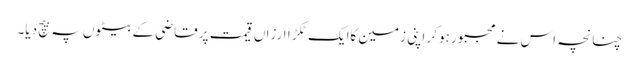
چنانچہ اس نے مجبور ہوکر اپنی زمین کاایک ٹکڑ ا ارزاں قیمت پر قاضی کے بیٹوں پہ بیچ دیا۔